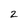
Character: 2